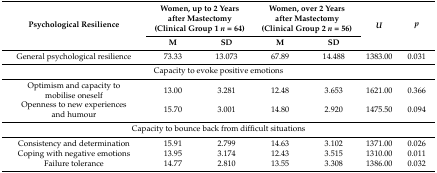
<table><thead><tr><td rowspan="2"><b>Psychological Resilience</b></td><td colspan="2"><b>Women, up to 2 Years after Mastectomy (Clinical Group 1 <i>n</i> = 64)</b></td><td colspan="2"><b>Women, over 2 Years after Mastectomy (Clinical Group 2 <i>n</i> = 56)</b></td><td rowspan="2"><b><i>U</i></b></td><td rowspan="2"><b><i>p</i></b></td></tr><tr><td><b>M</b></td><td><b>SD</b></td><td><b>M</b></td><td><b>SD</b></td></tr></thead><tbody><tr><td>General psychological resilience</td><td>73.33</td><td>13.073</td><td>67.89</td><td>14.488</td><td>1383.00</td><td>0.031</td></tr><tr><td colspan="7">Capacity to evoke positive emotions</td></tr><tr><td>Optimism and capacity to mobilise oneself</td><td>13.00</td><td>3.281</td><td>12.48</td><td>3.653</td><td>1621.00</td><td>0.366</td></tr><tr><td>Openness to new experiences and humour</td><td>15.70</td><td>3.001</td><td>14.80</td><td>2.920</td><td>1475.50</td><td>0.094</td></tr><tr><td colspan="7">Capacity to bounce back from difficult situations</td></tr><tr><td>Consistency and determination</td><td>15.91</td><td>2.799</td><td>14.63</td><td>3.102</td><td>1371.00</td><td>0.026</td></tr><tr><td>Coping with negative emotions</td><td>13.95</td><td>3.174</td><td>12.43</td><td>3.515</td><td>1310.00</td><td>0.011</td></tr><tr><td>Failure tolerance</td><td>14.77</td><td>2.810</td><td>13.55</td><td>3.308</td><td>1386.00</td><td>0.032</td></tr></tbody></table>